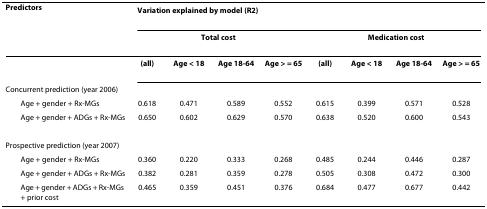
<table><thead><tr><td><b>Predictors</b></td><td colspan="8"><b>Variation explained by model (R<sup>2</sup>)</b></td></tr><tr><td>[EMPTY_CELL]</td><td colspan="4"><b>Total cost</b></td><td colspan="4"><b>Medication cost</b></td></tr></thead><tbody><tr><td>[EMPTY_CELL]</td><td><b>(all)</b></td><td><b>Age &lt; 18</b></td><td><b>Age 18-64</b></td><td><b>Age &gt; = 65</b></td><td><b>(all)</b></td><td><b>Age &lt; 18</b></td><td><b>Age 18-64</b></td><td><b>Age &gt; = 65</b></td></tr><tr><td>Concurrent prediction (year 2006)</td><td>[EMPTY_CELL]</td><td>[EMPTY_CELL]</td><td>[EMPTY_CELL]</td><td>[EMPTY_CELL]</td><td>[EMPTY_CELL]</td><td>[EMPTY_CELL]</td><td>[EMPTY_CELL]</td><td>[EMPTY_CELL]</td></tr><tr><td> Age + gender + Rx-MGs</td><td>0.618</td><td>0.471</td><td>0.589</td><td>0.552</td><td>0.615</td><td>0.399</td><td>0.571</td><td>0.528</td></tr><tr><td> Age + gender + ADGs + Rx-MGs</td><td>0.650</td><td>0.602</td><td>0.629</td><td>0.570</td><td>0.638</td><td>0.520</td><td>0.600</td><td>0.543</td></tr><tr><td>Prospective prediction (year 2007)</td><td>[EMPTY_CELL]</td><td>[EMPTY_CELL]</td><td>[EMPTY_CELL]</td><td>[EMPTY_CELL]</td><td>[EMPTY_CELL]</td><td>[EMPTY_CELL]</td><td>[EMPTY_CELL]</td><td>[EMPTY_CELL]</td></tr><tr><td> Age + gender + Rx-MGs</td><td>0.360</td><td>0.220</td><td>0.333</td><td>0.268</td><td>0.485</td><td>0.244</td><td>0.446</td><td>0.287</td></tr><tr><td> Age + gender + ADGs + Rx-MGs</td><td>0.382</td><td>0.281</td><td>0.359</td><td>0.278</td><td>0.505</td><td>0.308</td><td>0.472</td><td>0.300</td></tr><tr><td> Age + gender + ADGs + Rx-MGs + prior cost</td><td>0.465</td><td>0.359</td><td>0.451</td><td>0.376</td><td>0.684</td><td>0.477</td><td>0.677</td><td>0.442</td></tr></tbody></table>